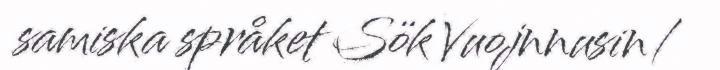
samiska språket Sök Vuojnnusin/